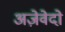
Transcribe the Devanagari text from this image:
अज़ेवेदो